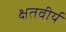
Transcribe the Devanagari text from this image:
क्षतवीर्य